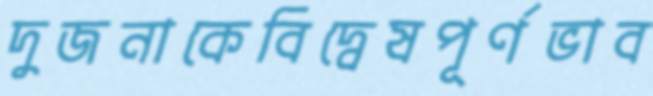
দুজনাকেবিদ্বেষপূর্ণভাব